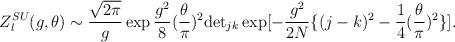
LaTeX: \begin{align*}Z_{l}^{SU}(g,\theta)\sim\frac{\sqrt{2\pi}}{g}\exp\frac{g^{2}}{8}(\frac{\theta}{\pi})^{2}{\rm det}_{jk}\exp[-\frac{g^{2}}{2N}\{(j-k)^{2}-\frac{1}{4}(\frac{\theta}{\pi})^{2}\}].\end{align*}